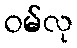
ဝမ်လု